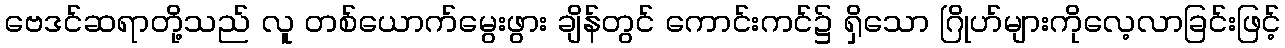
ဗေဒင်ဆရာတို့သည် လူ တစ်ယောက်မွေးဖွား ချိန်တွင် ကောင်းကင်၌ ရှိသော ဂြိုဟ်များကိုလေ့လာခြင်းဖြင့်